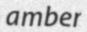
amber